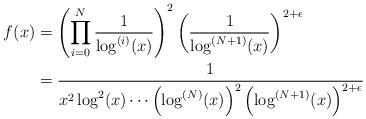
LaTeX: \begin{align*}f(x) &= \left(\prod_{i = 0}^N \frac{1}{\log^{(i)}(x)}\right)^2\left(\frac{1}{\log^{(N + 1)}(x)}\right)^{2 + \epsilon}\\&= \frac{1}{x^2\log^2(x)\cdots \left(\log^{(N)}(x)\right)^2 \left(\log^{(N + 1)}(x)\right)^{2 + \epsilon}}\end{align*}